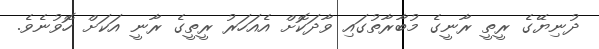
ދުނިޔޭގެ ރީތީ ރާނީގެ މުބާރާތުގައި ވާދަކޮށް އެއަހަރު ރީތީގެ ރާނީ އަކަށް ހޮވުނެވެ.